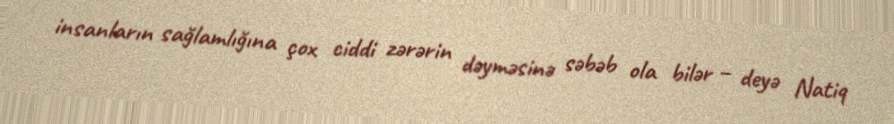
insanların sağlamlığına çox ciddi zərərin dəyməsinə səbəb ola bilər – deyə Natiq